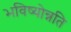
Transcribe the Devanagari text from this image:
भविष्योन्नति